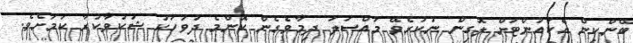
ބޭންކިން އެކައުންޓަށް ލޮގިން ނުކުރެވޭ މައްސަލަ ދިމާވެގެން ކޮންމެ ދުވަހަކު ޝަކުވާކުރާ ކަމަށެވެ.